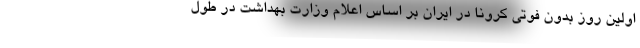
اولین روز بدون فوتی کرونا در ایران بر اساس اعلام وزارت بهداشت در طول